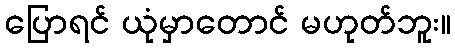
ပြောရင် ယုံမှာတောင် မဟုတ်ဘူး။